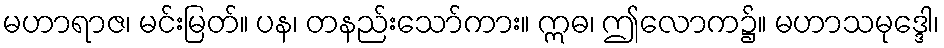
မဟာရာဇ၊ မင်းမြတ်။ ပန၊ တနည်းသော်ကား။ ဣဓ၊ ဤလောက၌။ မဟာသမုဒ္ဒေါ၊